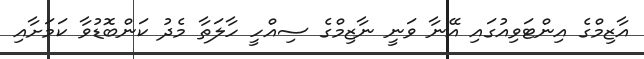
އާޒިމްގެ އިންޓަވިއުގައި އޭނާ ވަނީ ނާޒިމްގެ ސިއްހީ ހާލަތާ މެދު ކަންބޮޑުވާ ކަމަށާއި